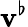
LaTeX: \mathbf{v}^{\flat}